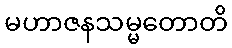
မဟာဇနသမ္မတောတိ